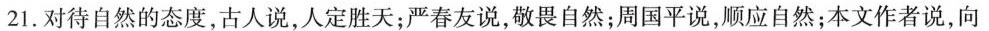
21.对待自然的态度，古人说，人定胜天；严春友说，敬畏自然；周国平说，顺应自然；本文作者说，向